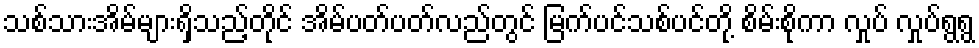
သစ်သားအိမ်များရှိသည့်တိုင် အိမ်ပတ်ပတ်လည်တွင် မြက်ပင်သစ်ပင်တို့ စိမ်းစိုကာ လှုပ် လှုပ်ရွရွ